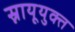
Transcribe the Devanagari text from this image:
स्नायूयुक्त